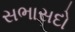
સભાસદો